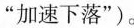
”加速下落”)。